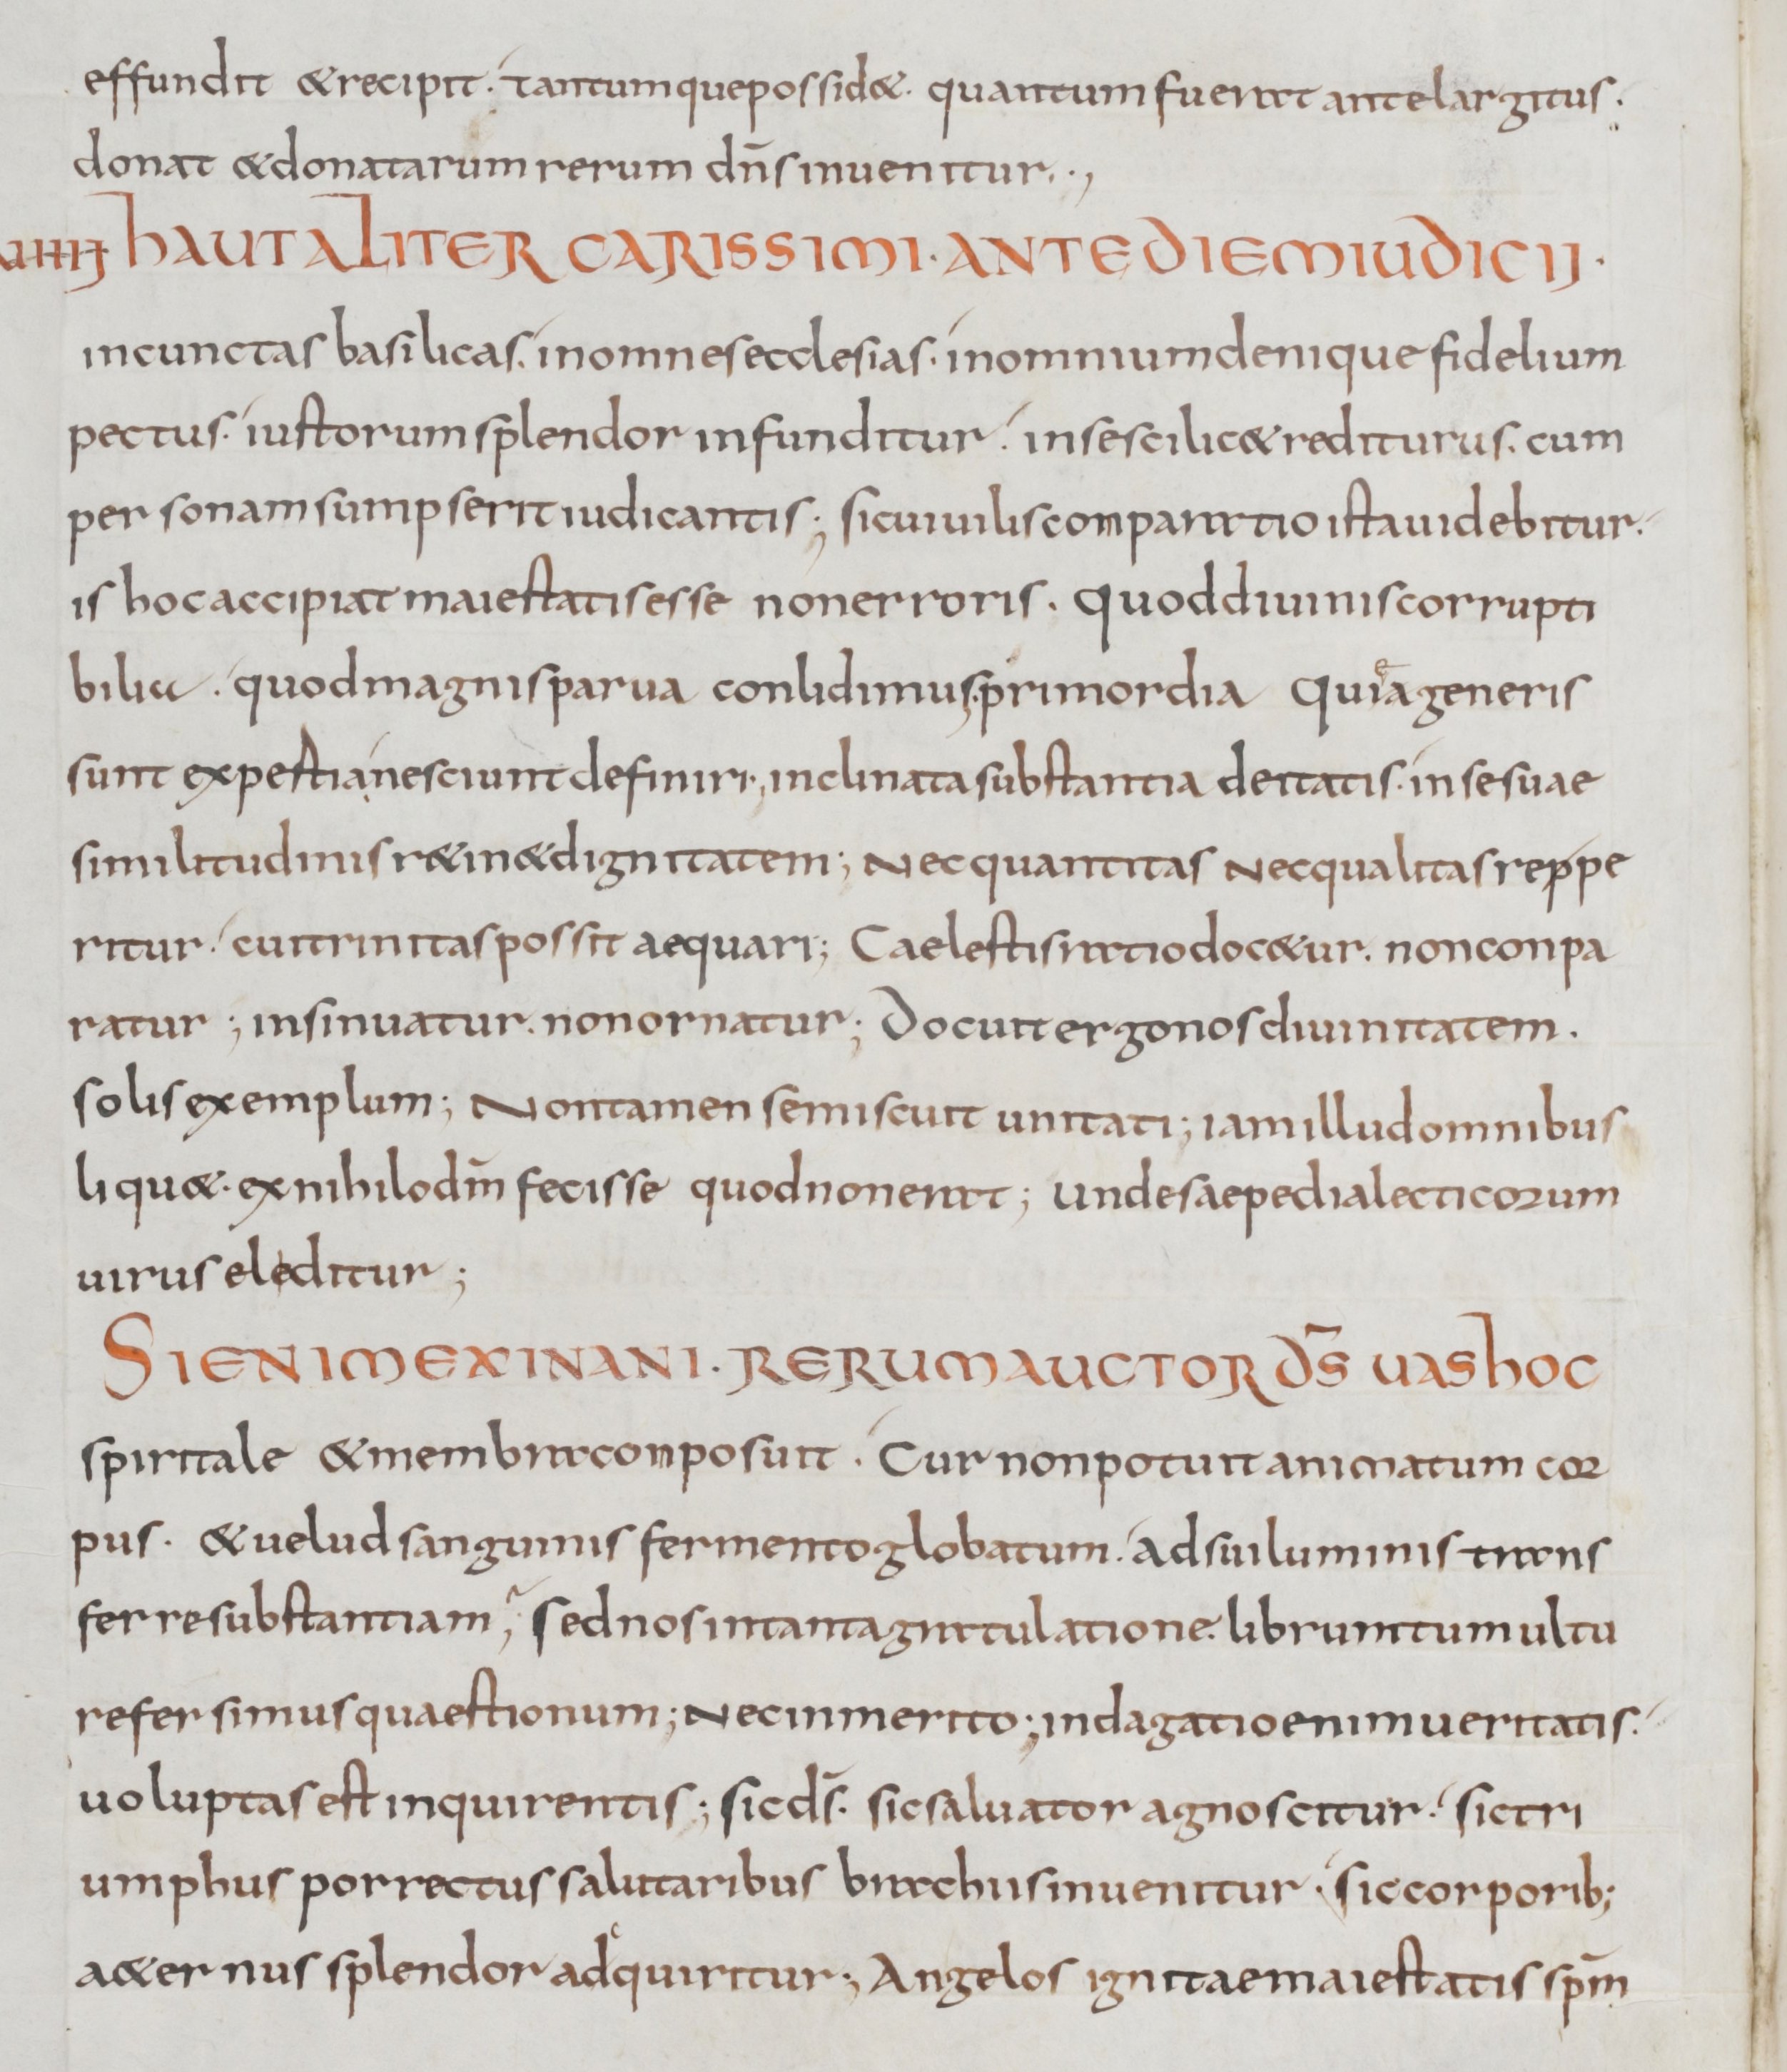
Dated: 800–899